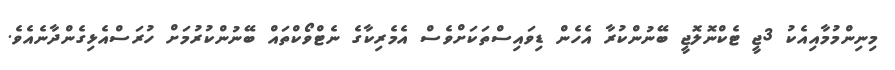
މިނިންމުމާއިއެކު 3ޖީ ޓެކްނޮލޮޖީ ބޭނުންކުރާ އެހެން ޑިވައިސްތަކަށްވެސް އެމެރިކާގެ ނެޓްވޯކްތައް ބޭނުންކުރުމަށް ހުރަސްއެޅިގެންދާނެއެވެ.